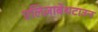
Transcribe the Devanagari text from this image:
एलिज़ाबेथटाउन